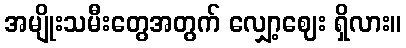
အမျိုးသမီးတွေအတွက် လျှော့ဈေး ရှိလား။